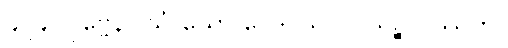
၄၂၄။ ပုဗ္ဗေနိဝါသံ ယော ဝေဒိ၊ သဂ္ဂါပါယဉ္စ ပဿတိ။